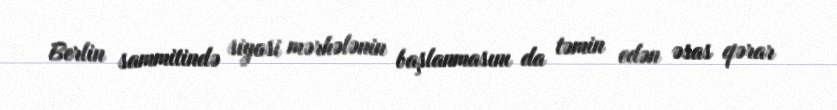
Berlin sammitində siyasi mərhələnin başlanmasını da təmin edən əsas qərar